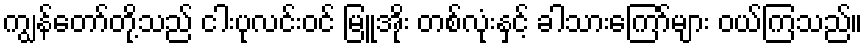
ကျွန်တော်တို့သည် ငါးပုလင်းဝင် မြူအိုး တစ်လုံးနှင့် ခါသားကြော်များ ဝယ်ကြသည်။